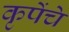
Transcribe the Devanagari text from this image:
कृपेंचे